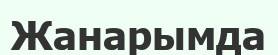
Жанарымда